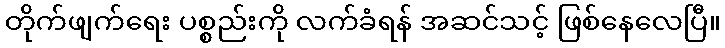
တိုက်ဖျက်ရေး ပစ္စည်းကို လက်ခံရန် အဆင်သင့် ဖြစ်နေလေပြီ။